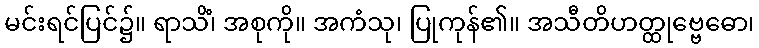
မင်းရင်ပြင်၌။ ရာသိံ၊ အစုကို။ အကံသု၊ ပြုကုန်၏။ အသီတိဟတ္ထုဗ္ဗေဓော၊